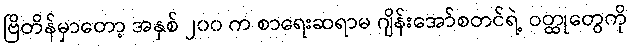
ဗြိတိန်မှာတော့ အနှစ် ၂၀၀ က စာရေးဆရာမ ဂျိန်းအော်စတင်ရဲ့ ဝတ္ထုတွေကို